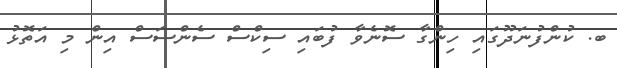
ބ. ކުންފުނަދޫގައި ހިންގާ ސޮނެވާ ފުބައި ސިކްސް ސެންސަސް އިން މި އަތޮޅު